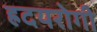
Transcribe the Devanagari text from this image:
ह्रदयरोगी